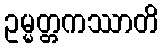
ဥမ္မတ္တကဿာတိ